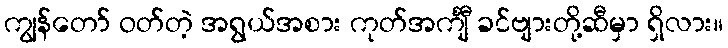
ကျွန်တော် ဝတ်တဲ့ အရွယ်အစား ကုတ်အင်္ကျီ ခင်ဗျားတို့ဆီမှာ ရှိလား။